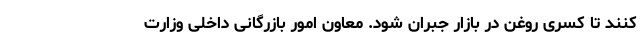
کنند تا کسری روغن در بازار جبران شود. معاون امور بازرگانی داخلی وزارت